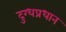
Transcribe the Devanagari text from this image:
दुग्धप्रधान